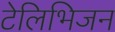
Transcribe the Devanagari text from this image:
टेलिभिजन